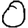
Digit: 0